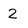
Character: 2